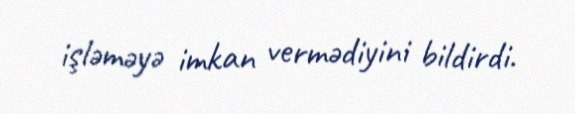
işləməyə imkan vermədiyini bildirdi.